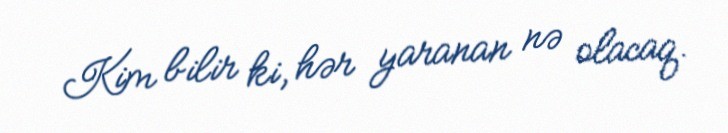
Kim bilir ki, hər yaranan nə olacaq.